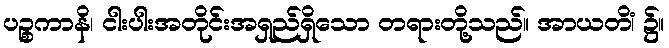
ပဉ္စကာနိ၊ ငါးပါးအတိုင်းအရှည်ရှိသော တရားတို့သည်။ အာယတိံ၊ ၌။